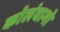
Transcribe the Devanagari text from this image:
कोलंबागो